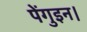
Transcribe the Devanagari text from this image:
पेंगुइन।